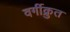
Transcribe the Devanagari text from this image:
वर्गीक्रुत